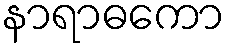
နာရာဓကော